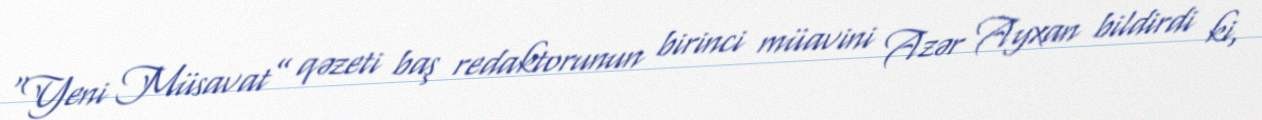
“Yeni Müsavat” qəzeti baş redaktorunun birinci müavini Azər Ayxan bildirdi ki,